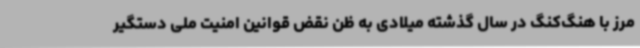
مرز با هنگ‌کنگ در سال گذشته میلادی به ظن نقض قوانین امنیت ملی دستگیر